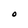
Character: O